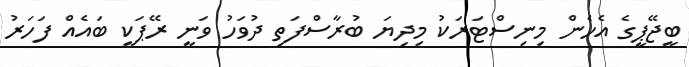
ބީޖޭޕީގެ އެހެން މިނިސްޓަރަކު މިދިޔަ ބުރާސްފަތި ދުވަހު ވަނީ ރޭޕަކީ ބައެއް ފަހަރު